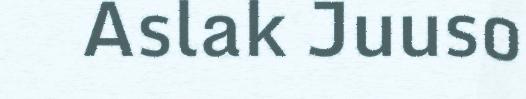
Aslak Juuso